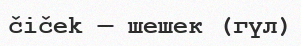
čiček — шешек (гүл)